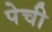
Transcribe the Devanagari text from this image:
पेची